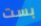
بست